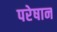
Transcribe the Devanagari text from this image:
परेषान